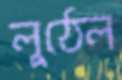
লুঠেল